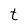
Character: t